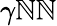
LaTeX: \gamma\mathbb{N}\mathbb{N}